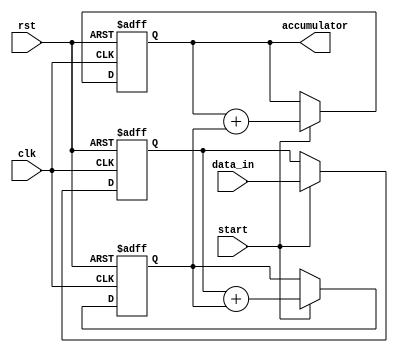
module PipelineAccumulator (
    input wire clk,
    input wire rst,
    input wire start,
    input wire [7:0] data_in,
    output reg [15:0] accumulator
);

reg [7:0] temp1, temp2;

always @(posedge clk or posedge rst) begin
    if(rst) begin
        accumulator <= 16'h0000;
        temp1 <= 8'h00;
        temp2 <= 8'h00;
    end else if(start) begin
        temp1 <= data_in;
        temp2 <= temp1 + temp2;
        accumulator <= accumulator + temp2;
    end
end

endmodule